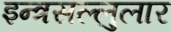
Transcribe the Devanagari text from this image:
इन्त्रसल्लुलार